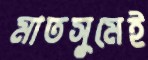
মাতসুমেই